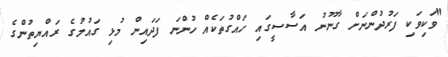
"ވަކިވަކި ފަރުދުންނަށް ގާނޫނު އަސާސީގައި ހައްގުތަކެއް ހުންނަ ފަދައިން މުޅި ގައުމުގެ ރައްޔިތުންގެ